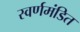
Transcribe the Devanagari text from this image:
स्वर्णमंडित